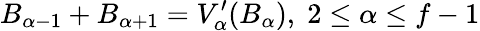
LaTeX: B_{\alpha-1}+B_{\alpha+1}=V_{\alpha}^{\prime}(B_{\alpha}),\; 2\leq\alpha\leq f-1